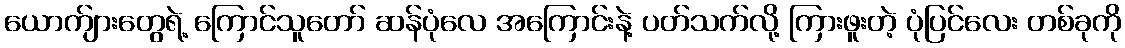
ယောက်ျားတွေရဲ့ ကြောင်သူတော် ဆန်ပုံလေ အကြောင်းနဲ့ ပတ်သက်လို့ ကြားဖူးတဲ့ ပုံပြင်လေး တစ်ခုကို